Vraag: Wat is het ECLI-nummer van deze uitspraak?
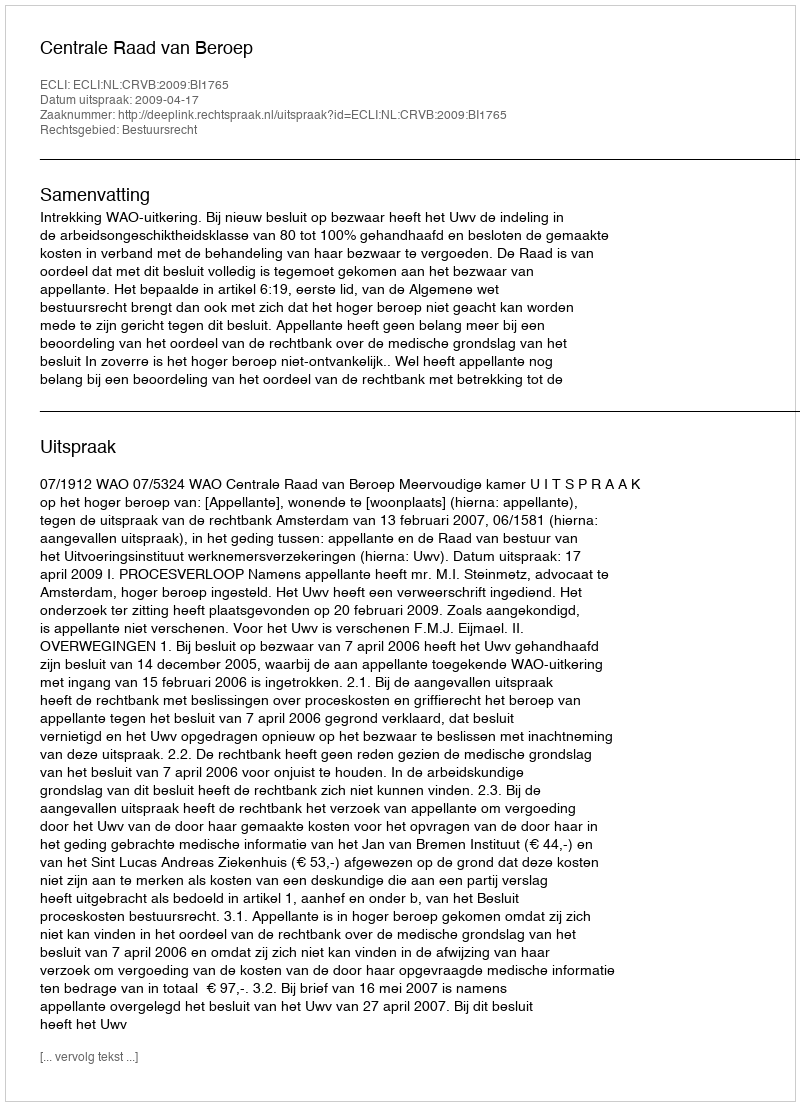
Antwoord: ECLI:NL:CRVB:2009:BI1765